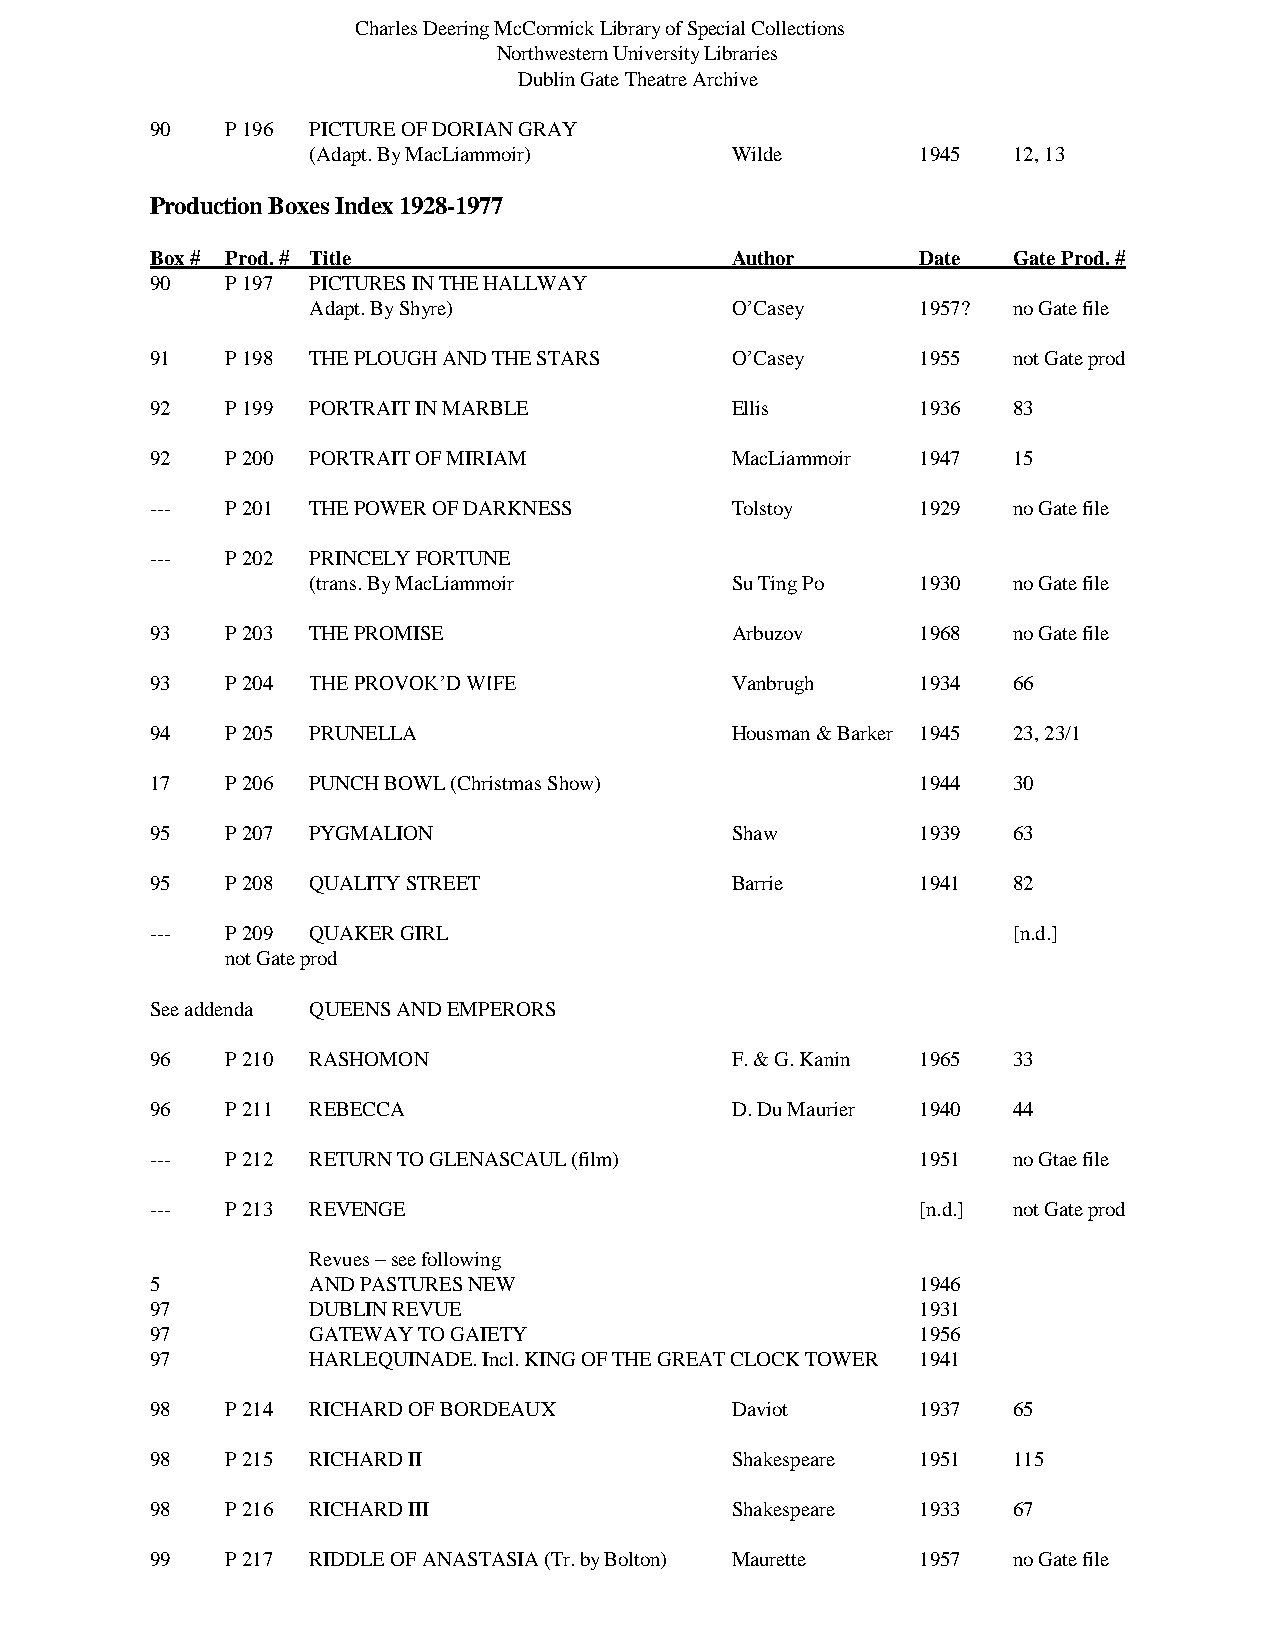
Charles Deering McCormick Library of Special Collections
 Northwestern University Libraries
 Dublin Gate Theatre Archive
 90   P 196 PICTURE OF DORIAN GRAY
 (Adapt. By MacLiammoir)     Wilde        1945  12, 13
 Production Boxes Index 1928-1977
 Box # Prod. # Title                   Author       Date  Gate Prod. #
 90   P 197 PICTURES IN THE HALLWAY
 Adapt. By Shyre)            O’Casey      1957? no Gate file
 91   P 198 THE PLOUGH AND THE STARS   O’Casey      1955  not Gate prod
 92   P 199 PORTRAIT IN MARBLE         Ellis        1936  83
 92   P 200 PORTRAIT OF MIRIAM         MacLiammoir  1947  15
 ---  P 201 THE POWER OF DARKNESS      Tolstoy      1929  no Gate file
 ---  P 202 PRINCELY FORTUNE
 (trans. By MacLiammoir      Su Ting Po   1930  no Gate file
 93   P 203 THE PROMISE                Arbuzov      1968  no Gate file
 93   P 204 THE PROVOK’D WIFE          Vanbrugh     1934  66
 94   P 205 PRUNELLA                   Housman & Barker 1945 23, 23/1
 17   P 206 PUNCH BOWL (Christmas Show)             1944  30
 95   P 207 PYGMALION                  Shaw         1939  63
 95   P 208 QUALITY STREET             Barrie       1941  82
 ---  P 209 QUAKER GIRL                                   [n.d.]
 not Gate prod
 See addenda QUEENS AND EMPERORS
 96   P 210 RASHOMON                   F. & G. Kanin 1965 33
 96   P 211 REBECCA                    D. Du Maurier 1940 44
 ---  P 212 RETURN TO GLENASCAUL (film)             1951  no Gtae file
 ---  P 213 REVENGE                                 [n.d.] not Gate prod
 Revues – see following
 5         AND PASTURES NEW                         1946
 97        DUBLIN REVUE                             1931
 97        GATEWAY TO GAIETY                        1956
 97        HARLEQUINADE. Incl. KING OF THE GREAT CLOCK TOWER 1941
 98   P 214 RICHARD OF BORDEAUX        Daviot       1937  65
 98   P 215 RICHARD II                 Shakespeare  1951  115
 98   P 216 RICHARD III                Shakespeare  1933  67
 99   P 217 RIDDLE OF ANASTASIA (Tr. by Bolton) Maurette 1957 no Gate file